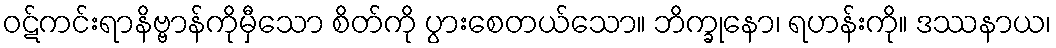
ဝဋ်ကင်းရာနိဗ္ဗာန်ကိုမှီသော စိတ်ကို ပွားစေတယ်သော။ ဘိက္ခုနော၊ ရဟန်းကို။ ဒဿနာယ၊